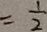
= \frac { 1 } { 2 }